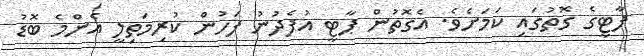
ޕާޓީގެ ގޮތުގައި ކަމަށެވެ. އެގޮތުން ޕާޓީ އުފެދުނު ފަހުން ކުރިމަތިލީ އެންމެ ބޮޑު